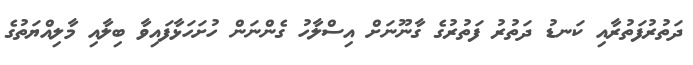
ދަތުރުފަތުރާއި ކަނޑު ދަތުރު ފަތުރުގެ ގާނޫނަށް އިސްލާހު ގެންނަން ހުށަހަޅާފައިވާ ބިލާއި މާލިއްޔަތުގެ